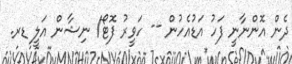
ދެން އޮންނާނީ ފަހު އަޑުއެހުން -- ހަވީރު ފޮޓޯ/ ނިޝާން އަލީ ޑރ.